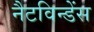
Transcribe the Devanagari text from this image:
नैटविन्डेंस